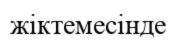
жіктемесінде